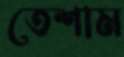
তেশাম